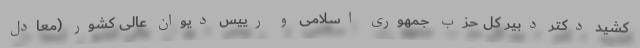
کشید دکتر دبیر کل حزب جمهوری اسلامی و رییس دیوان عالی کشور (‌معادل